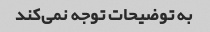
به توضیحات توجه نمی‌کند